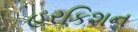
હરકિશન